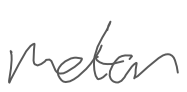
Text: motor
Cross-out: clean
Writing tool: digital_gray